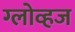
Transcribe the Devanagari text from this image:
ग्लोव्हज